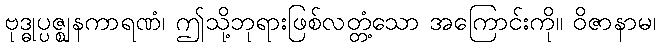
ဗုဒ္ဓုပ္ပဇ္ဈနကာရဏံ၊ ဤသို့ဘုရားဖြစ်လတ္တံ့သော အကြောင်းကို။ ဝိဇာနာမ၊